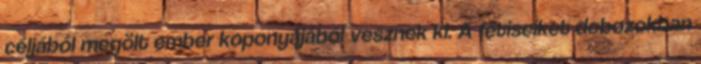
céljából megölt ember koponyájából vesznek ki. A fétiseiket dobozokban